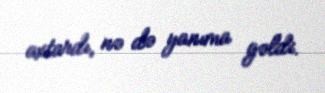
axtardı, nə də yanıma gəldi.